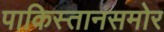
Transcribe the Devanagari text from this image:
पाकिस्तानसमोर